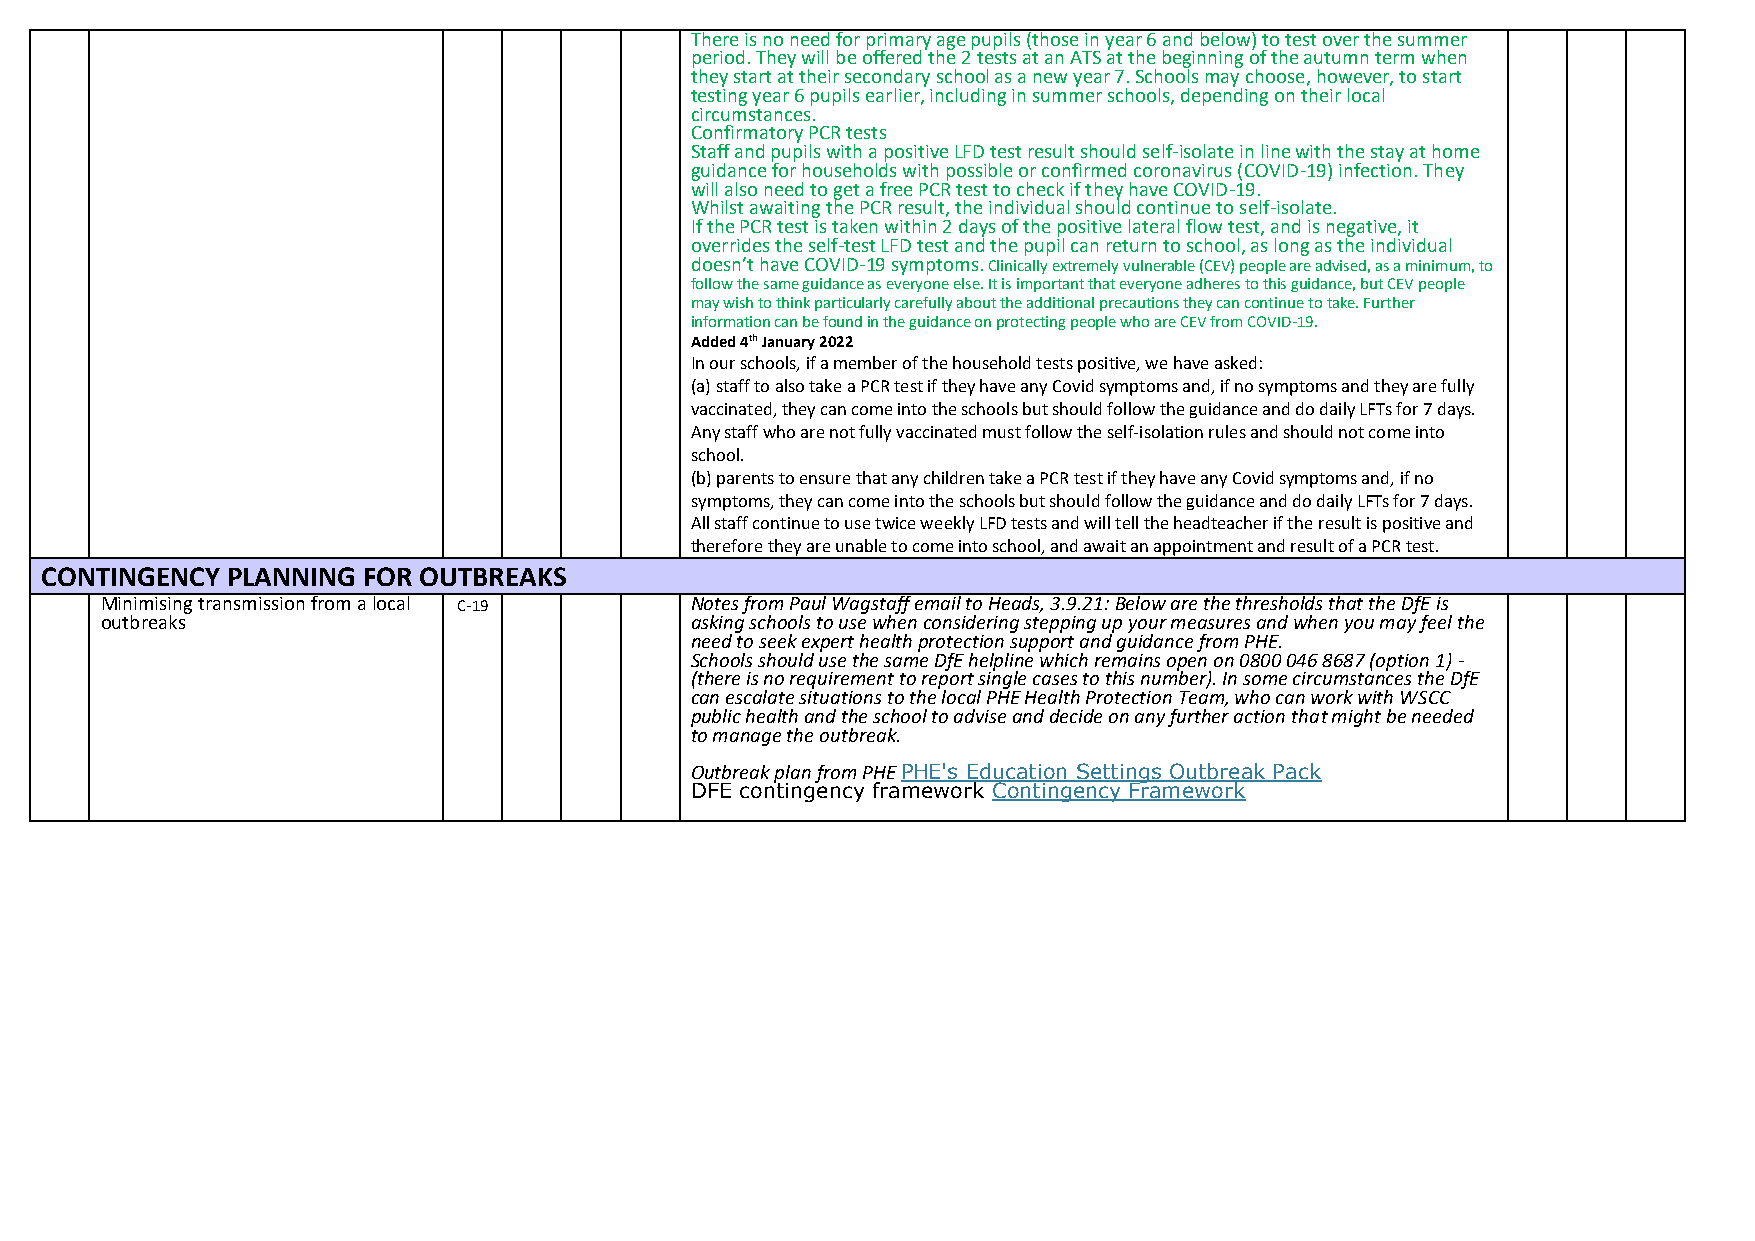
There is no need for primary age pupils (those in year 6 and below) to test over the summer
 period. They will be offered the 2 tests at an ATS at the beginning of the autumn term when
 they start at their secondary school as a new year 7. Schools may choose, however, to start
 testing year 6 pupils earlier, including in summer schools, depending on their local
 circumstances.
 Confirmatory PCR tests
 Staff and pupils with a positive LFD test result should self-isolate in line with the stay at home
 guidance for households with possible or confirmed coronavirus (COVID-19) infection. They
 will also need to get a free PCR test to check if they have COVID-19.
 Whilst awaiting the PCR result, the individual should continue to self-isolate.
 If the PCR test is taken within 2 days of the positive lateral flow test, and is negative, it
 overrides the self-test LFD test and the pupil can return to school, as long as the individual
 doesn’t have COVID-19 symptoms. Clinically extremely vulnerable (CEV) people are advised, as a minimum, to
 follow the same guidance as everyone else. It is important that everyone adheres to this guidance, but CEV people
 may wish to think particularly carefully about the additional precautions they can continue to take. Further
 information can be found in the guidance on protecting people who are CEV from COVID-19.
 Added 4th January 2022
 In our schools, if a member of the household tests positive, we have asked:
 (a) staff to also take a PCR test if they have any Covid symptoms and, if no symptoms and they are fully
 vaccinated, they can come into the schools but should follow the guidance and do daily LFTs for 7 days.
 Any staff who are not fully vaccinated must follow the self-isolation rules and should not come into
 school.
 (b) parents to ensure that any children take a PCR test if they have any Covid symptoms and, if no
 symptoms, they can come into the schools but should follow the guidance and do daily LFTs for 7 days.
 All staff continue to use twice weekly LFD tests and will tell the headteacher if the result is positive and
 therefore they are unable to come into school, and await an appointment and result of a PCR test.
 CONTINGENCY PLANNING FOR OUTBREAKS
 Minimising transmission from a local C-19 Notes from Paul Wagstaff email to Heads, 3.9.21: Below are the thresholds that the DfE is
 outbreaks                              asking schools to use when considering stepping up your measures and when you may feel the
 need to seek expert health protection support and guidance from PHE.
 Schools should use the same DfE helpline which remains open on 0800 046 8687 (option 1) -
 (there is no requirement to report single cases to this number). In some circumstances the DfE
 can escalate situations to the local PHE Health Protection Team, who can work with WSCC
 public health and the school to advise and decide on any further action that might be needed
 to manage the outbreak.
 Outbreak plan from PHE PHE's Education Settings Outbreak Pack
 DFE contingency framework Contingency Framework